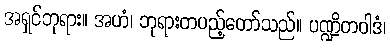
အရှင်ဘုရား။ အဟံ၊ ဘုရားတပည့်တော်သည်။ ပဏ္ဍိတဝါဒံ၊